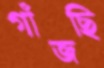
গাঁজছি